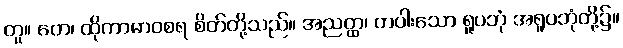
တူ။ တေ၊ ထိုကာမာဝစရ စိတ်တို့သည်။ အညတ္ထ၊ တပါးသော ရူပဘုံ အရူပဘုံတို့၌။